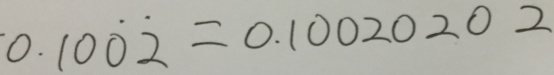
0 . 1 0 \dot { 0 } \dot { 2 } = 0 . 1 0 0 2 0 2 0 2